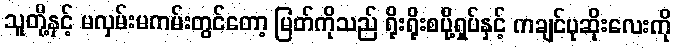
သူတို့နှင့် မလှမ်းမကမ်းတွင်တော့ မြတ်ကိုသည် ရိုးရိုးစပို့ရှပ်နှင့် ကချင်ပုဆိုးလေးကို